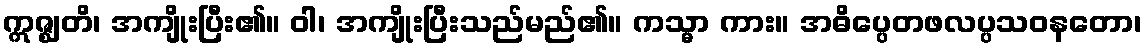
ဣဇ္ဈတိ၊ အကျိုးပြီး၏။ ဝါ၊ အကျိုးပြီးသည်မည်၏။ ကသ္မာ ကား။ အဓိပ္ပေတဖလပ္ပသဝနတော၊